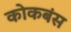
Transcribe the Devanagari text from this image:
कोकबंस